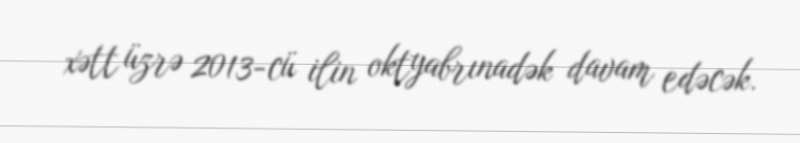
xətt üzrə 2013-cü ilin oktyabrınadək davam edəcək.